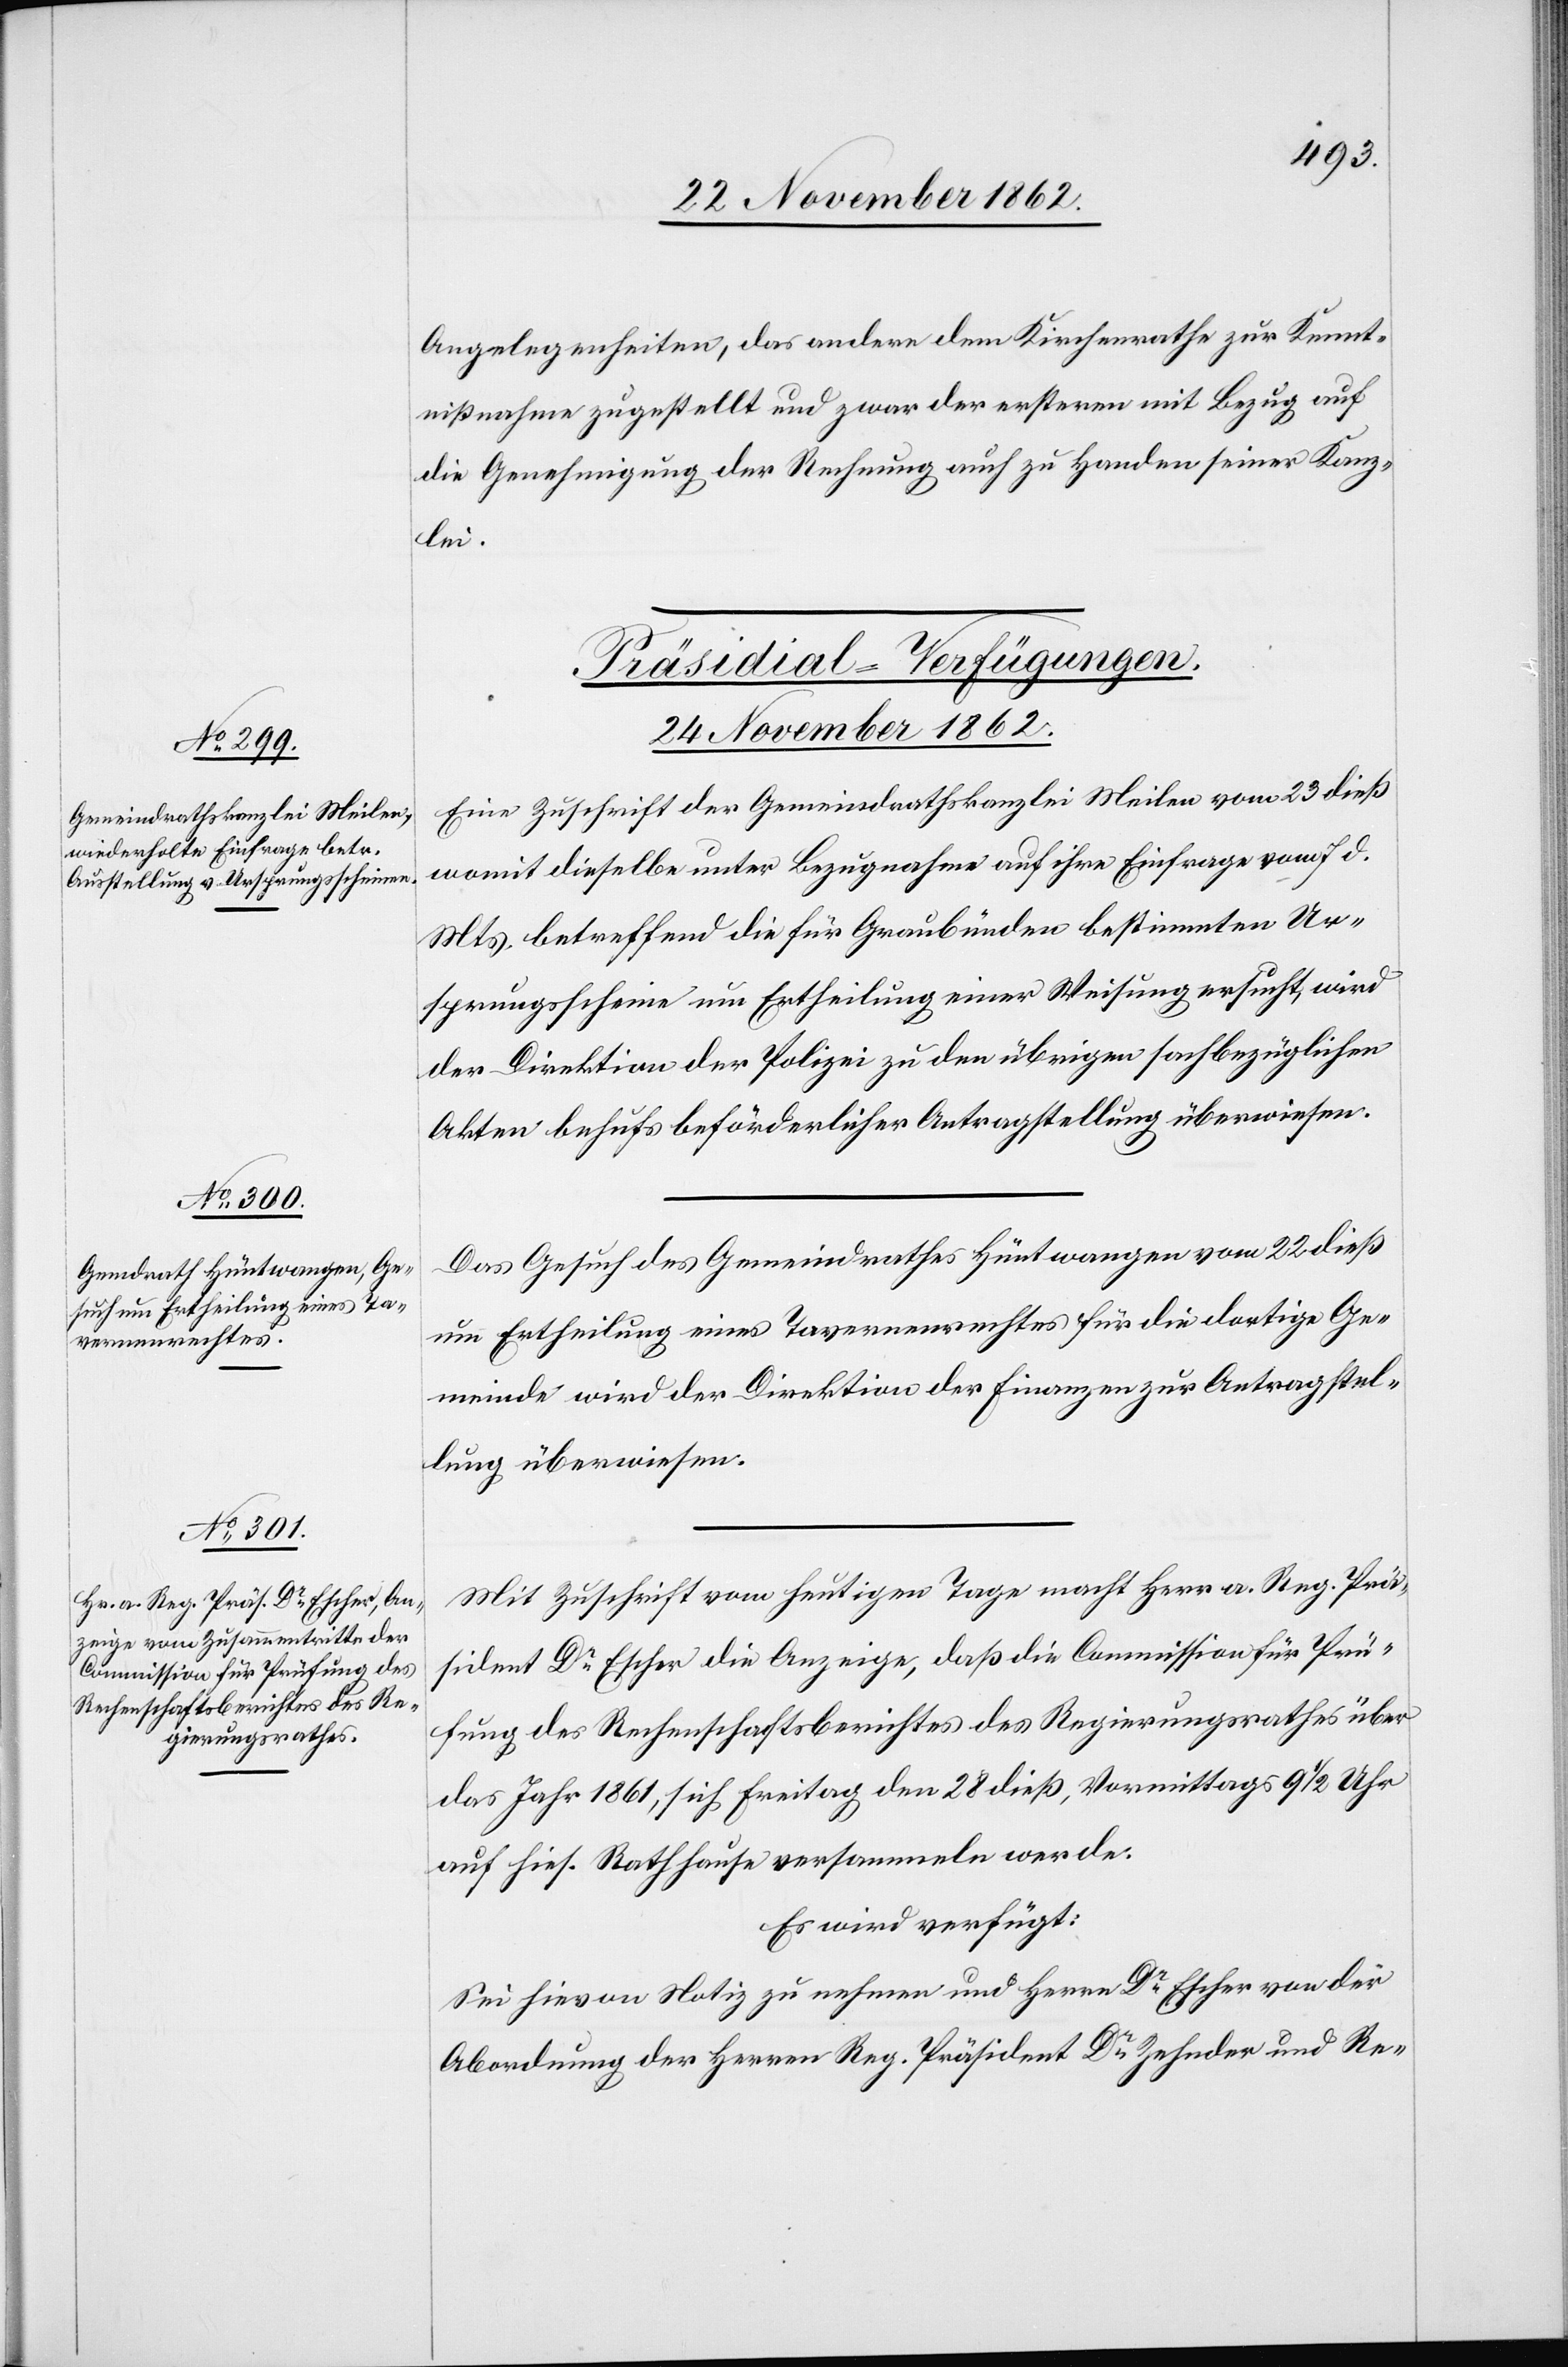
24. November 1862.]
Angelegenheiten, das andere dem Kirchenrathe zur Kennt¬
nißnahme zugestellt und zwar der ersteren mit Bezug auf
die Genehmigung der Rechnung auch zu Handen seiner Kanz¬
lei.
[Präsidial-Verfügungen.
24. November 1862.
Eine Zuschrift der Gemeindrathskanzlei Meilen vom 23. dieß
womit dieselbe unter Bezugnahme auf ihre Einfrage vom 7. d.
Mts. betreffend die für Graubünden bestimmten Ur¬
sprungsscheine um Ertheilung einer Weisung ersucht, wird
der Direktion der Polizei zu den übrigen sachbezüglichen
Akten behufs beförderlicher Antragstellung überwiesen.
Das Gesuch des Gemeindrathes Hüntwangen vom 22. dieß
um Ertheilung eines Tavernenrechtes für die dortige Ge¬
meinde wird der Direktion der Finanzen zur Antragstel¬
lung überwiesen.
Mit Zuschrift vom heutigen Tage macht Herr a. Reg. Prä¬
sident Dr Escher die Anzeige, daß die Commission für Prü¬
fung des Rechenschaftsberichtes des Regierungsrathes über
das Jahr 1861, sich Freitag den 28. dieß, Vormittags 9 1/2 Uhr
auf hies. Rathhause versammeln werde.
Es wird verfügt:
Sei hievon Notiz zu nehmen und Herrn Dr Escher von der
Abordnung der Herren Reg. Präsident Dr Zehnder und Re-